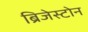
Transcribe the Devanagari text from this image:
ब्रिजेस्टोन